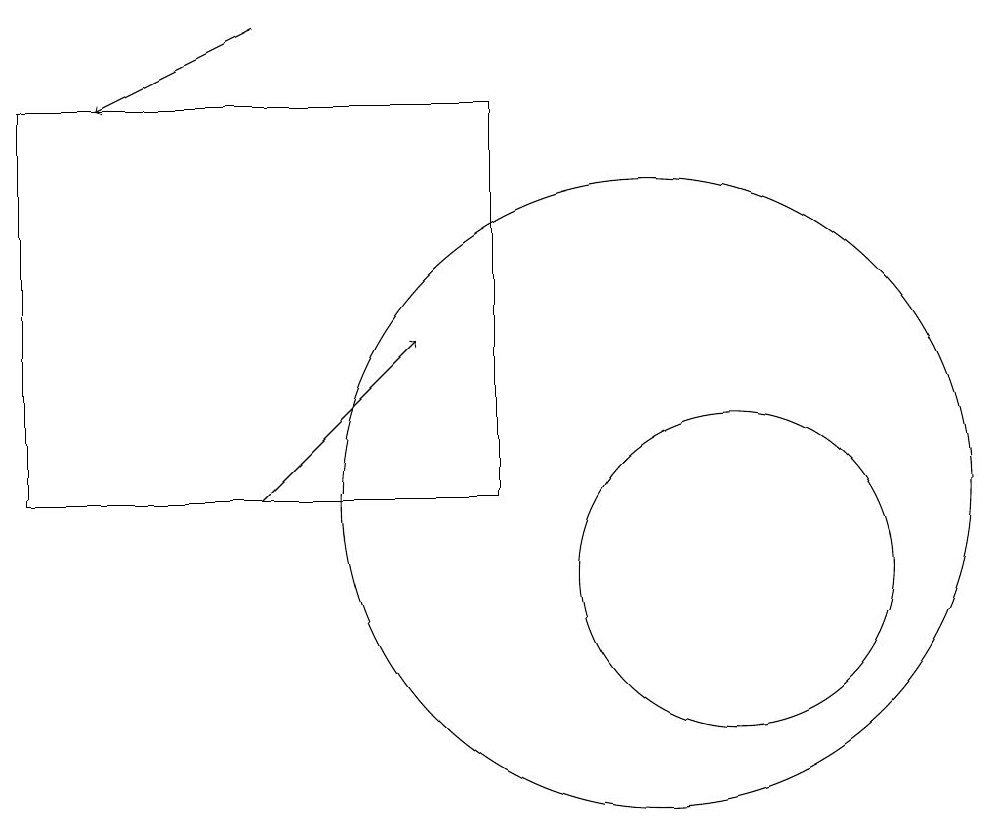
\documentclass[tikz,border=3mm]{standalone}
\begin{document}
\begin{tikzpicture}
\draw (10,12) circle (4);
\draw (11,11) circle (2);
\draw (11,12) circle (0);
\draw[->] (5,12) -- (7,14);
\draw (2,12) rectangle (8,17);
\draw[->] (5,18) -- (3,17);
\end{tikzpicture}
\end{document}